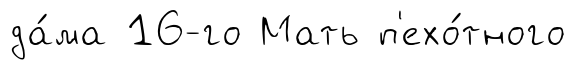
да́ма 16-го Мать п'ехо́тного